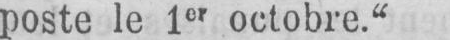
poste le 1er octobre.“